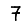
Digit: 7